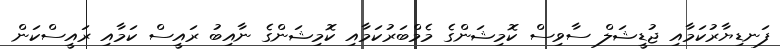
ފަނޑިޔާރުކަމާއި ޖުޑީޝަލް ސާވިސް ކޮމިޝަންގެ މެމްބަރުކަމާއި ކޮމިޝަންގެ ނާއިބު ރައީސް ކަމާއި ރައީސްކަން